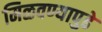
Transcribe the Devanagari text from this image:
मिळवण्यापुढे